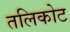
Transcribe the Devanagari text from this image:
तलिकोट